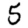
Digit: 5